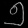
Digit: ၅